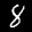
Label: 8